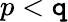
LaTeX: p<\mathtt{q}